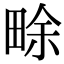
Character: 畭